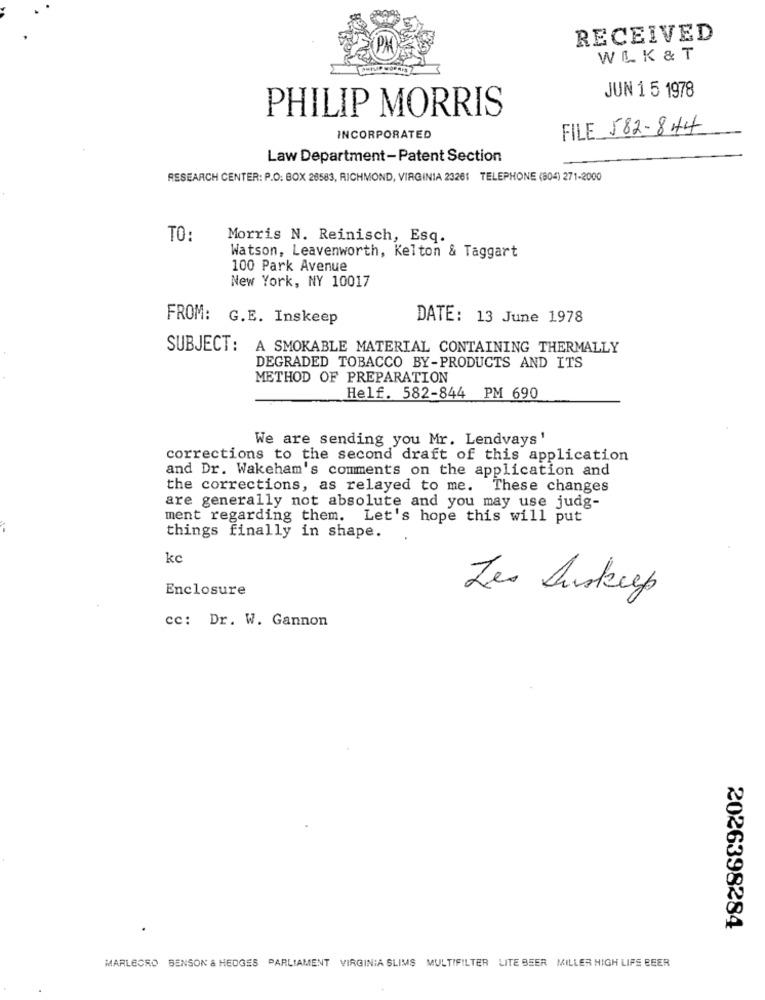
RECEIVED
WL K & T
JUN 1 5 1978
PHILIP MORRIS
FILE 582-844
INCORPORATED
Law Department-Patent Section
RESEARCH CENTER: P.O. BOX 26583, RICHMOND, VIRGINIA 23261 TELEPHONE (804) 271-2000
TO:
Morris N. Reinisch, Esq.
Watson, Leavenworth, Kelton & Taggart
100 Park Avenue
New York, NY 10017
FROM: G.E. Inskeep
DATE: 13 June 1978
SUBJECT:
A SMOKABLE MATERIAL CONTAINING THERMALLY
DEGRADED TOBACCO BY-PRODUCTS AND ITS
METHOD OF PREPARATION
Helf. 582-844 PM 690
We are sending you Mr. Lendvays'
corrections to the second draft of this application
and Dr. Wakeham's comments on the application and
the corrections, as relayed to me. These changes
are generally not absolute and you may use judg-
ment regarding them. Let's hope this will put
things finally in shape.
kc
Enclosure
Les Auskeep
cc: Dr. W. Gannon
2026398284
MARLBORO BENSON & HEDGES PARLIAMENT VIRGINIA SLIMS MULTIFILTER LITE BEER MILLER HIGH LIFS BEER